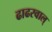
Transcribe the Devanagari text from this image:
ढाढरवाल्